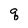
Character: q